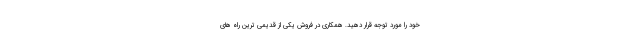
خود را مورد توجه قرار دهید. همکاری در فروش یکی از قدیمی ترین راه های